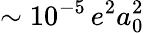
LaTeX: \sim 10^{-5}\, e^{2}a_{0}^{2}